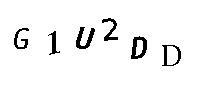
G1U2DD